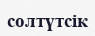
солтүтсік